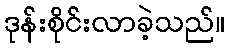
ဒုန်းစိုင်းလာခဲ့သည်။